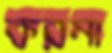
করমা